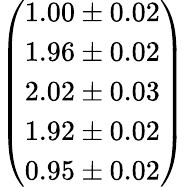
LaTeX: \left(\begin{array}{l}{1.00\pm 0.02}\\ {1.96\pm 0.02}\\ {2.02\pm 0.03}\\ {1.92\pm 0.02}\\ {0.95\pm 0.02}\end{array}\right)